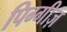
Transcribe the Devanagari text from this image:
पिग्गीज़